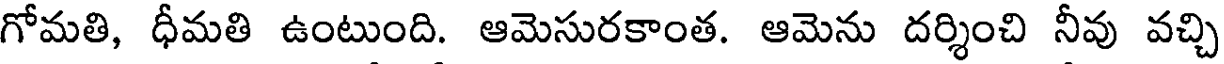
గోమతి, ధీమతి ఉంటుంది. ఆమెసురకాంత. ఆమెను దర్శించి నీవు వచ్చి